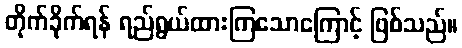
တိုက်ခိုက်ရန် ရည်ရွယ်ထားကြသောကြောင့် ဖြစ်သည်။